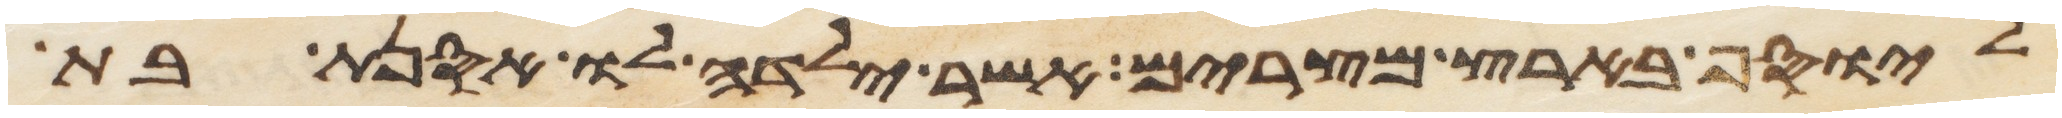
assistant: ליוסף בארץ מצרים אשר ילדה לו אסנת בת